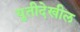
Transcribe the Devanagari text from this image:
युतीदेखील